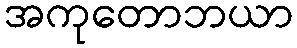
အကုတောဘယာ